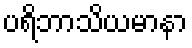
ပရိဘာသိယမာနာ